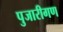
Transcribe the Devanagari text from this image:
पुजारीगण